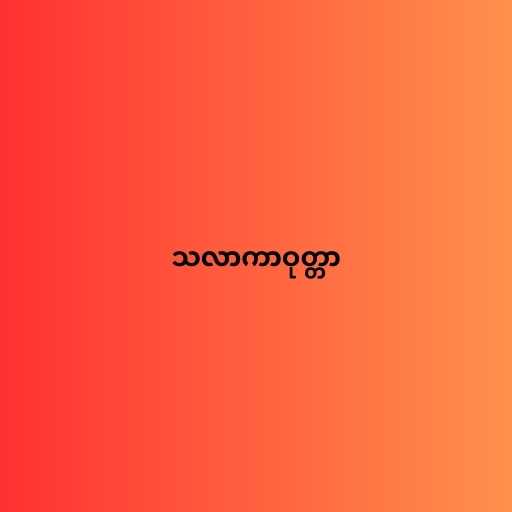
သလာကာဝုတ္တာ